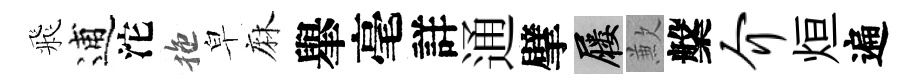
飛逋沱拖皁麻𦦙毫詳通擘屨歉槃介烜遍